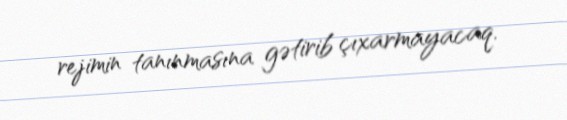
rejimin tanınmasına gətirib çıxarmayacaq.